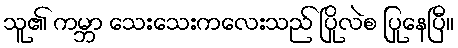
သူ၏ ကမ္ဘာ သေးသေးကလေးသည် ပြိုလဲစ ပြုနေပြီ။